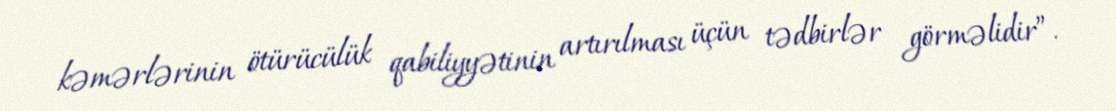
kəmərlərinin ötürücülük qabiliyyətinin artırılması üçün tədbirlər görməlidir”.